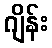
ဂျိန်း